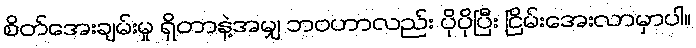
စိတ်အေးချမ်းမှု ရှိတာနဲ့အမျှ ဘဝဟာလည်း ပိုပိုပြီး ငြိမ်းအေးလာမှာပါ။